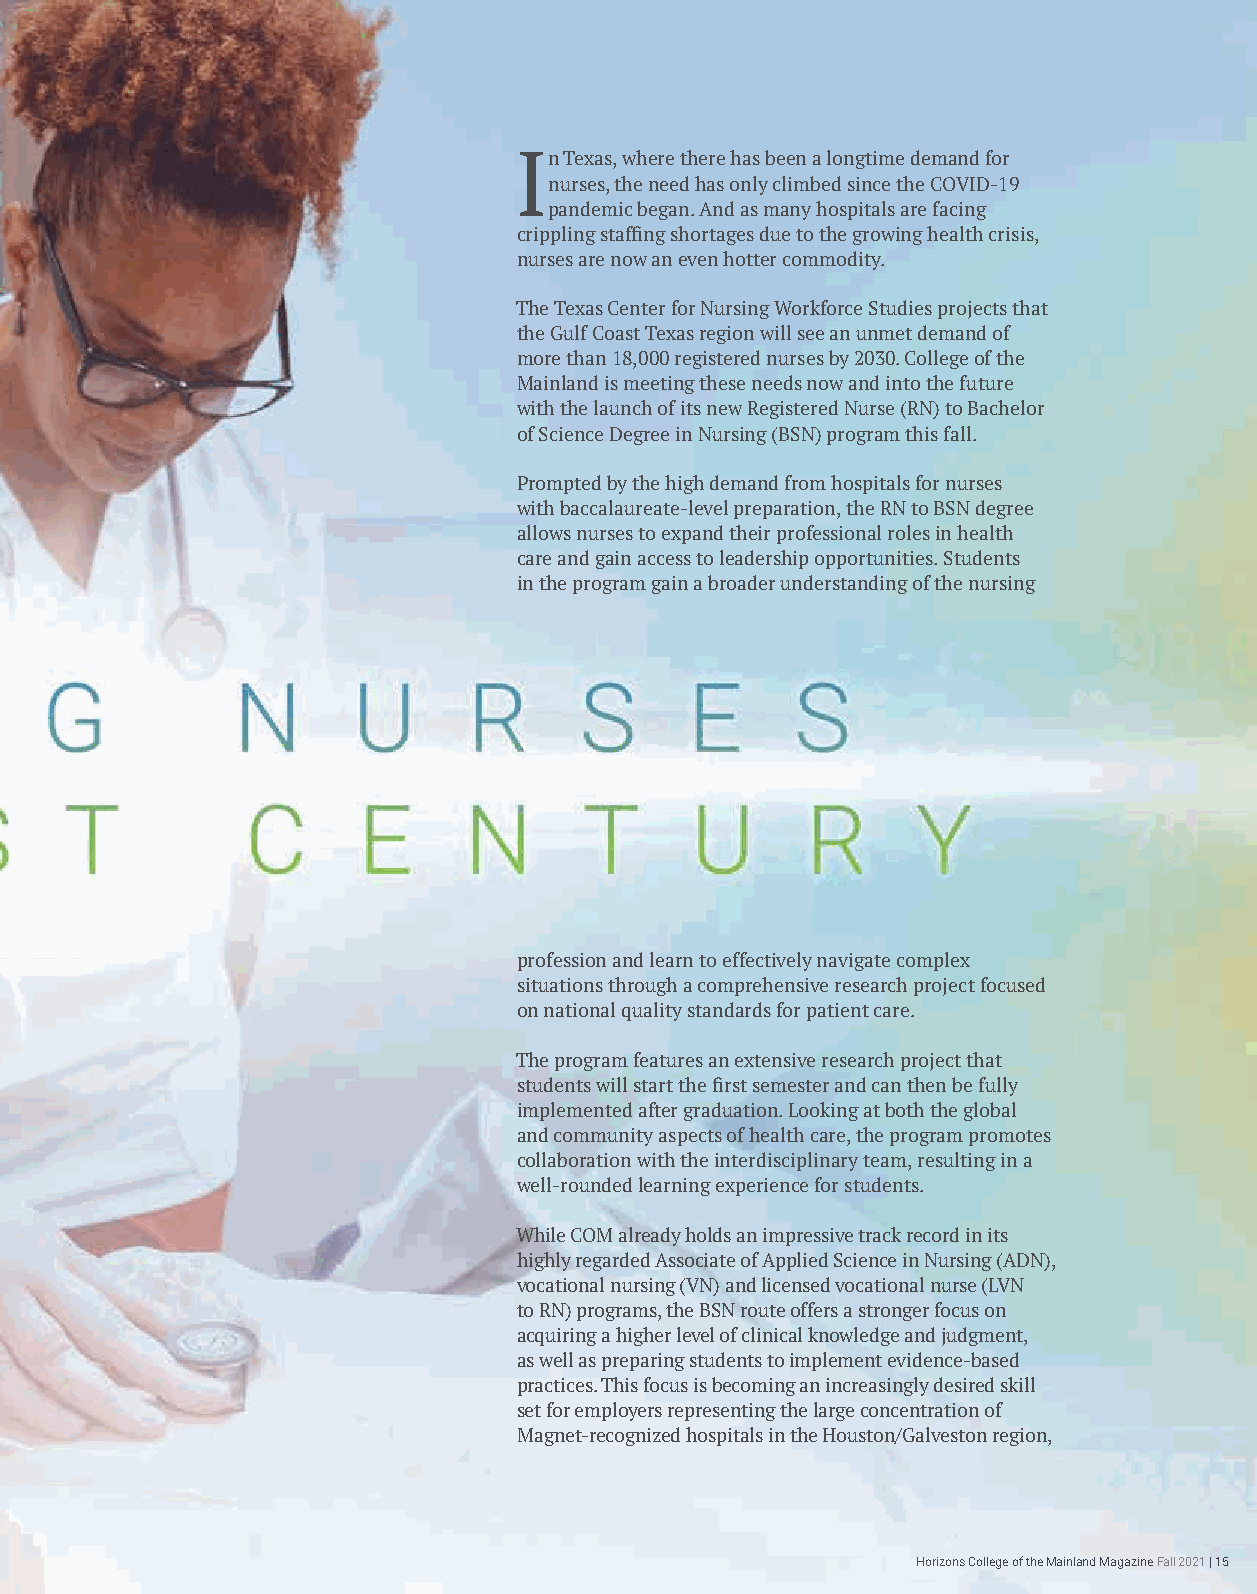
In Texas, where there has been a longtime demand for
 nurses, the need has only climbed since the COVID-19
 pandemic began. And as many hospitals are facing
 crippling staffing shortages due to the growing health crisis,
 nurses are now an even hotter commodity.
 The Texas Center for Nursing Workforce Studies projects that
 the Gulf Coast Texas region will see an unmet demand of
 more than 18,000 registered nurses by 2030. College of the
 Mainland is meeting these needs now and into the future
 with the launch of its new Registered Nurse (RN) to Bachelor
 of Science Degree in Nursing (BSN) program this fall.
 Prompted by the high demand from hospitals for nurses
 with baccalaureate-level preparation, the RN to BSN degree
 allows nurses to expand their professional roles in health
 care and gain access to leadership opportunities. Students
 in the program gain a broader understanding of the nursing
 profession and learn to effectively navigate complex
 situations through a comprehensive research project focused
 on national quality standards for patient care.
 The program features an extensive research project that
 students will start the first semester and can then be fully
 implemented after graduation. Looking at both the global
 and community aspects of health care, the program promotes
 collaboration with the interdisciplinary team, resulting in a
 well-rounded learning experience for students.
 While COM already holds an impressive track record in its
 highly regarded Associate of Applied Science in Nursing (ADN),
 vocational nursing (VN) and licensed vocational nurse (LVN
 to RN) programs, the BSN route offers a stronger focus on
 acquiring a higher level of clinical knowledge and judgment,
 as well as preparing students to implement evidence-based
 practices. This focus is becoming an increasingly desired skill
 set for employers representing the large concentration of
 Magnet-recognized hospitals in the Houston/Galveston region,
 Horizons College of the Mainland Magazine Fall 2021 | 15